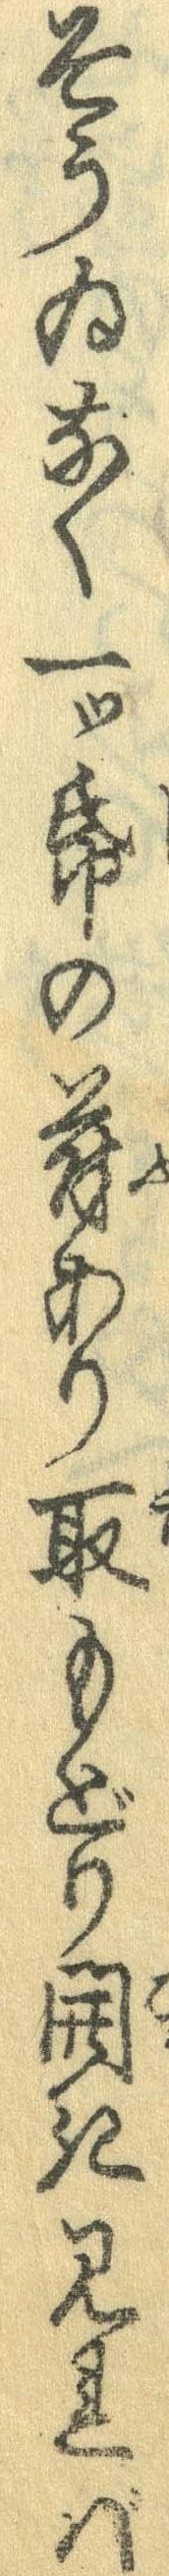
そうゐなく一つ紙の符あり取もどり開き見れば